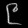
Digit: ၉